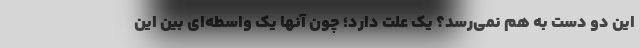
این دو دست به هم نمی‌رسد؟ یک علت دارد؛ چون آنها یک واسطه‌ای بین این